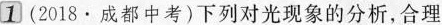
1 (2018·成都中考)下列对光现象的分析，合理